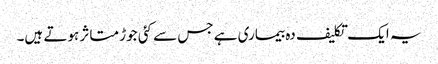
یہ ایک تکلیف دہ بیماری ہے جس سے کئی جوڑ متاثر ہوتے ہیں۔